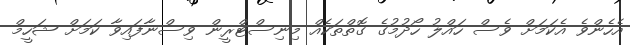
އެހެންވެ އެކަމަށް ވެސް ހައްލު ހޯދުމުގެ ގޮތްތަކެއް މިނިސްޓްރީން ވިސްނާފައިވާ ކަމަށް ޝަހީމް